Annual administration and progress report of the Indian Medical Department, Bombay
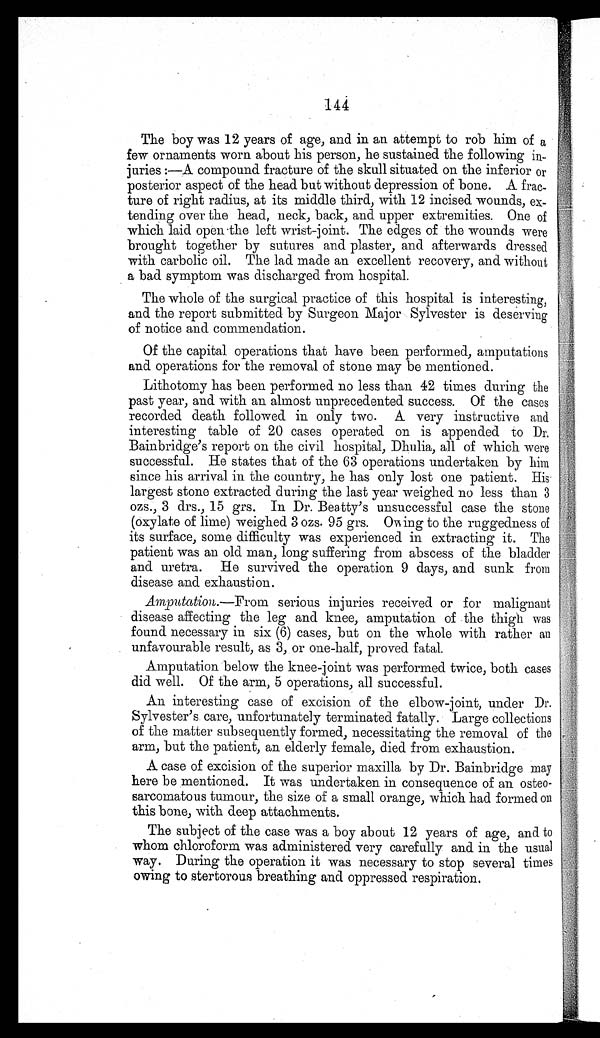
144
The boy was 12 years of age, and in an attempt to rob him of a
few ornaments worn about his person, he sustained the following
injuries :—A compound fracture of the skull situated on the inferior or
posterior aspect of the head but without depression of bone. A frac-
ture of right radius, at its middle third, with 12 incised wounds, ex-
tending over the head, neck, back, and upper extremities. One of
which laid open the left wrist-joint. The edges of the wounds were
brought together by sutures and plaster, and afterwards dressed
with carbolic oil. The lad made an excellent recovery, and without
a bad symptom was discharged from hospital.
The whole of the surgical practice of this hospital is interesting,
and the report submitted by Surgeon Major Sylvester is deserving
of notice and commendation.
Of the capital operations that have been performed, amputations
and operations for the removal of stone may be mentioned.
Lithotomy has been performed no less than 42 times during the
past year, and with an almost unprecedented success. Of the cases
recorded death followed in only two. A very instructive and
interesting table of 20 cases operated on is appended to Dr.
Bainbridge's report on the civil hospital, Dhulia, all of which were
successful. He states that of the 63 operations undertaken by him
since his arrival in the country, he has only lost one patient. His
largest stone extracted during the last year weighed no less than 3
ozs., 3 drs., 15 grs. In Dr. Beatty's unsuccessful case the stone
(oxylate of lime) weighed 3 ozs. 95 grs. Owing to the ruggedness of
its surface, some difficulty was experienced in extracting it. The
patient was an old man, long suffering from abscess of the bladder
and uretra. He survived the operation 9 days, and sunk from
disease and exhaustion.
Amputation .—From serious injuries received or for malignant
disease affecting the leg and knee, amputation of the thigh was
found necessary in six (6) cases, but on the whole with rather an
unfavourable result, as 3, or one-half, proved fatal.
Amputation below the knee-joint was performed twice, both cases
did well. Of the arm, 5 operations, all successful.
An interesting case of excision of the elbow-joint, under Dr.
Sylvester's care, unfortunately terminated fatally. Large collections
of the matter subsequently formed, necessitating the removal of the
arm, but the patient, an elderly female, died from exhaustion.
A case of excision of the superior maxilla by Dr. Bainbridge may
here be mentioned. It was undertaken in consequence of an osteo-
sarcomatous tumour, the size of a small orange, which had formed on
this bone, with deep attachments.
The subject of the case was a boy about 12 years of age, and to
whom chloroform was administered very carefully and in the usual
way. During the operation it was necessary to stop several times
owing to stertorous breathing and oppressed respiration.